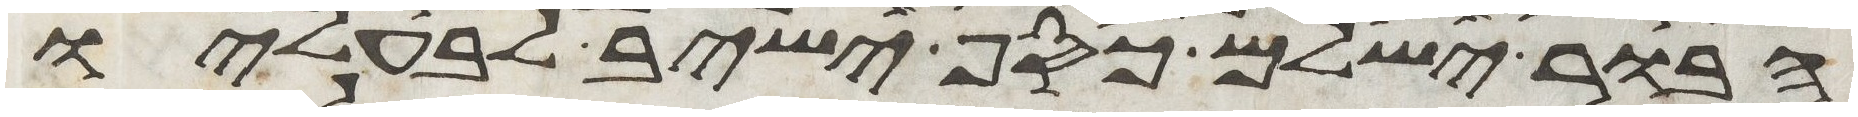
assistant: הבור ישלם כסף ישיב לבעליו